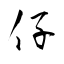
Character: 仔